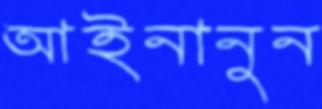
আইনানুন